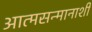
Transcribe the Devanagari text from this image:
आत्मसन्मानाशी